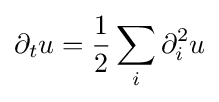
\partial _{t}u={\frac {1}{2}}\sum _{i}\partial _{i}^{2}u